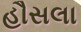
હૌસલા